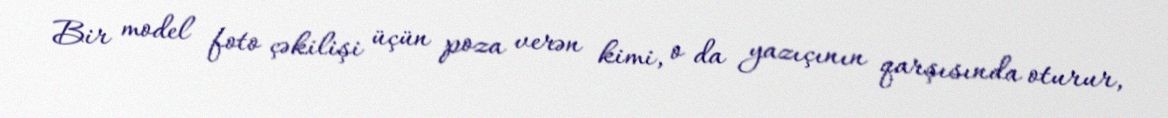
Bir model foto çəkilişi üçün poza verən kimi, o da yazıçının qarşısında oturur,